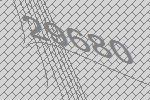
29680